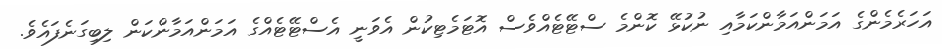
އަހަރެމެންގެ އަމަންއަމާންކަމާއި ނުކުޅޭ ކޮންމެ ސްޓޭޓެއްވެސް އޮޓަމެޓިކުން އެވަނީ އެސްޓޭޓެއްގެ އަމަންއަމާންކަން ލިބިގަނެފައެވެ.